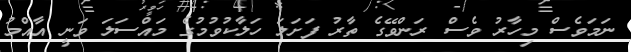
ނަމަވެސް މިހާރު ވެސް ރަންވޭގެ ތާރު ފަށަލަ ހަލާކުވުމުގެ މައްސަލަ ވަނީ އާއްމު